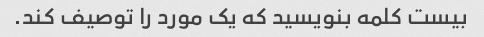
بیست کلمه بنویسید که یک مورد را توصیف کند.